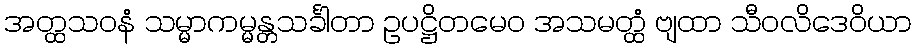
အတ္ထသဝနံ သမ္မာကမ္မန္တသင်္ခါတာ ဥပဋ္ဌိတမေဝ အသမတ္ထံ ဗျထာ သီဝလိဒေဝိယာ